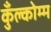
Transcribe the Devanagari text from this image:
कुँल्कोम्म